Reports on dispensaries and lunatic asylums in the Province of Oudh - 1869-1876
Year: 1869
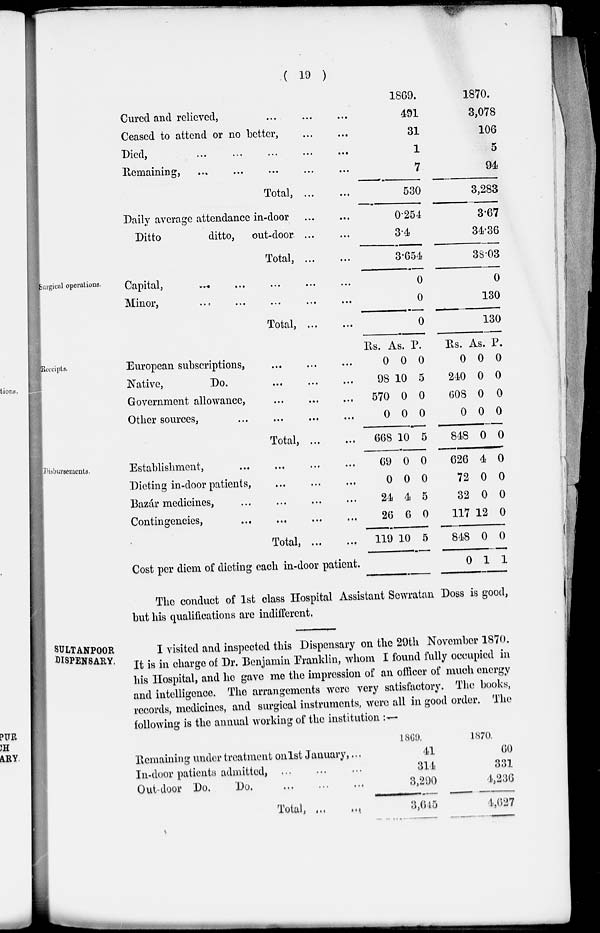
( 19 )
Cured and relieved,
...
...
...
Ceased to attend or no better,
...
...
Died,
...
...
...
...
...
Remaining,
...
...
...
...
...
Total, ...
...
Daily average attendance in-door
...
...
Ditto
ditto, out-door
...
...
Total,
...
...
1869.
491
31
1
7
530
0.254
3.4
3.654
1870.
3,078
106
5
94
3,283
3.67
34.36
38.03
Surgical operations.
Capital,
...
...
...
...
...
Minor,
...
...
...
...
...
Total,
...
...
0
0
0
0
130
130
Receipts.
European subscriptions,
...
...
...
Native,
Do.
...
...
...
Government allowance,
...
...
...
Other sources,
...
...
...
...
Total ... ...
Rs.
0
98
570
0
668
As.
0
10
0
0
10
P.
0
5
0
0
5
Rs.
0
240
608
0
848
As.
0
0
0
0
0
P.
0
0
0
0
0
Disbursements.
Establishment, ... ... ... ...
Dieting in-door patients, ... ... ...
Bazár medicines, ... ... ... ...
Contingencies,
...
...
...
...
Total, ...
...
Cost per diem of dieting each in-door patient.
69
0
24
26
119
0
0
4
6
10
0
0
5
0
5
626
72
32
117
848
0
4
0
0
12
0
1
0
0
0
0
0
1
The conduct of 1st class Hospital Assistant Sewratan Doss is good,
but his qualifications are indifferent.
SULTANPOOR
DISPENSARY.
I visited and inspected this Dispensary on the 29th November 1870.
It is in charge of Dr. Benjamin Franklin, whom I found fully occupied in
his Hospital, and he gave me the impression of an officer of much energy
and intelligence. The arrangements were very satisfactory. The books,
records, medicines, and surgical instruments, were all in good order. The
following is the annual working of the institution :—
Remaining under treatment on 1st January, ...
In-door patients admitted, ... ... ...
Out-door Do.
Do.
...
...
...
Total,
...
...
1869.
41
314
3,290
3,645
1870.
60
331
4,236
4,627